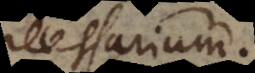
necessarium.